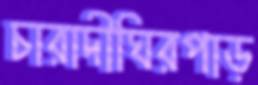
চারাদীঘিরপাড়